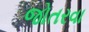
જોતરવા